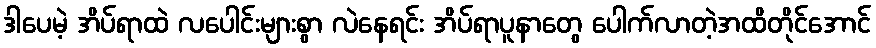
ဒါပေမဲ့ အိပ်ရာထဲ လပေါင်းများစွာ လဲနေရင်း အိပ်ရာပူနာတွေ ပေါက်လာတဲ့အထိတိုင်အောင်